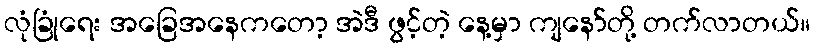
လုံခြုံရေး အခြေအနေကတော့ အဲဒီ ဖွင့်တဲ့ နေ့မှာ ကျနော်တို့ တက်လာတယ်။